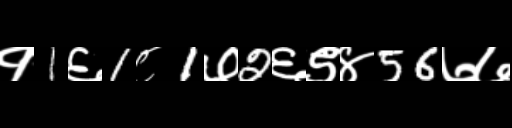
Text: १1६1८1७2६९४56७७